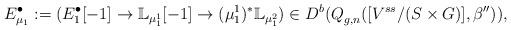
LaTeX: \begin{align*}E^{\bullet}_{\mu_1}:=(E^{\bullet}_1[-1]\rightarrow \mathbb{L}_{\mu_1^1}[-1]\rightarrow (\mu_1^1)^*\mathbb{L}_{\mu_1^2})\in D^b(Q^{}_{g,n}([V^{ss}/(S\times G)],\beta'')),\end{align*}